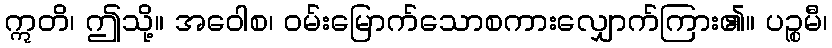
ဣတိ၊ ဤသို့။ အဝေါစ၊ ဝမ်းမြောက်သောစကားလျှောက်ကြား၏။ ပဉ္စမီ၊